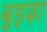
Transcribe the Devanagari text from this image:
बुड्ढ़ा